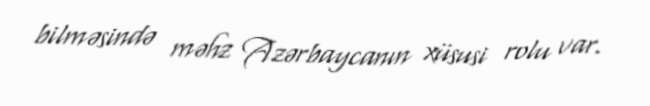
bilməsində məhz Azərbaycanın xüsusi rolu var.